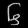
Digit: ၆